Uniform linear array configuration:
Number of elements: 12
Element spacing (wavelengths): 0.5
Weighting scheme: uniform
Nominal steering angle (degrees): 45
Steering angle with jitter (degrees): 45.072
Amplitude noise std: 0.05
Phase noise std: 0.05

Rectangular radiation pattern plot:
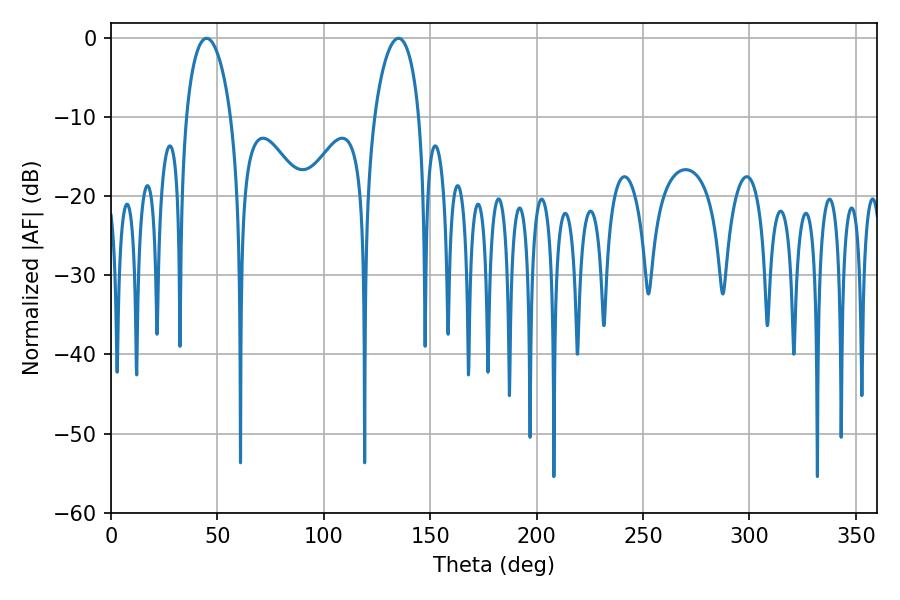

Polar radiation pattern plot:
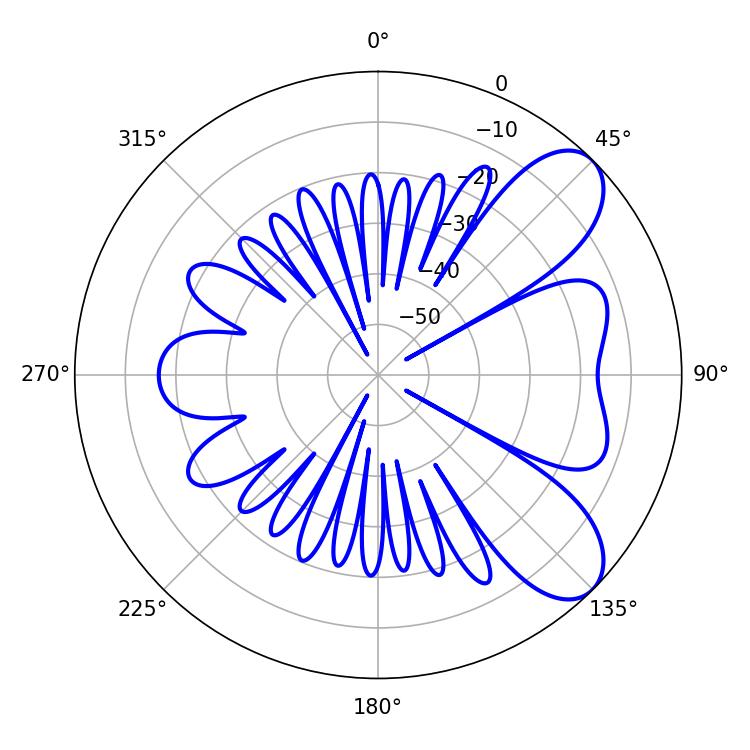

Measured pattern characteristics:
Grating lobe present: FALSE
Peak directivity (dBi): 7.801
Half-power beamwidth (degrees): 12.06
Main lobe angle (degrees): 44.82